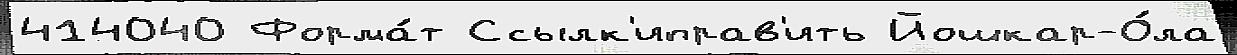
414040 Форма́т Ссылк'иправ'ить Йошкар-О́ла